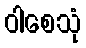
ဝါစေသုံ